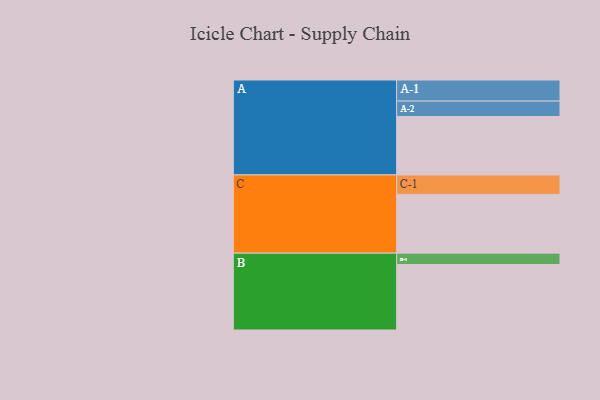
{"axis": {"x": "Segment", "y": "Value"}, "legend": ["", "A", "B", "C"], "data": [{"x": "A", "y": 471, "type": ""}, {"x": "B", "y": 528, "type": ""}, {"x": "C", "y": 474, "type": ""}, {"x": "A-1", "y": 170, "type": "A"}, {"x": "A-2", "y": 125, "type": "A"}, {"x": "B-1", "y": 92, "type": "B"}, {"x": "C-1", "y": 157, "type": "C"}]}